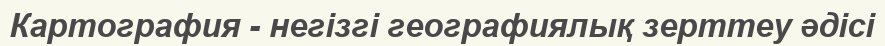
Картография - негізгі географиялық зерттеу әдісі